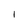
Character: l